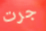
جرت